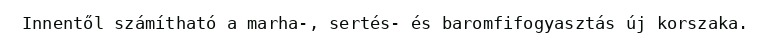
Innentől számítható a marha-, sertés- és baromfifogyasztás új korszaka.